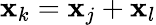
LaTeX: \mathbf{x}_{k}=\mathbf{x}_{j}+\mathbf{x}_{l}